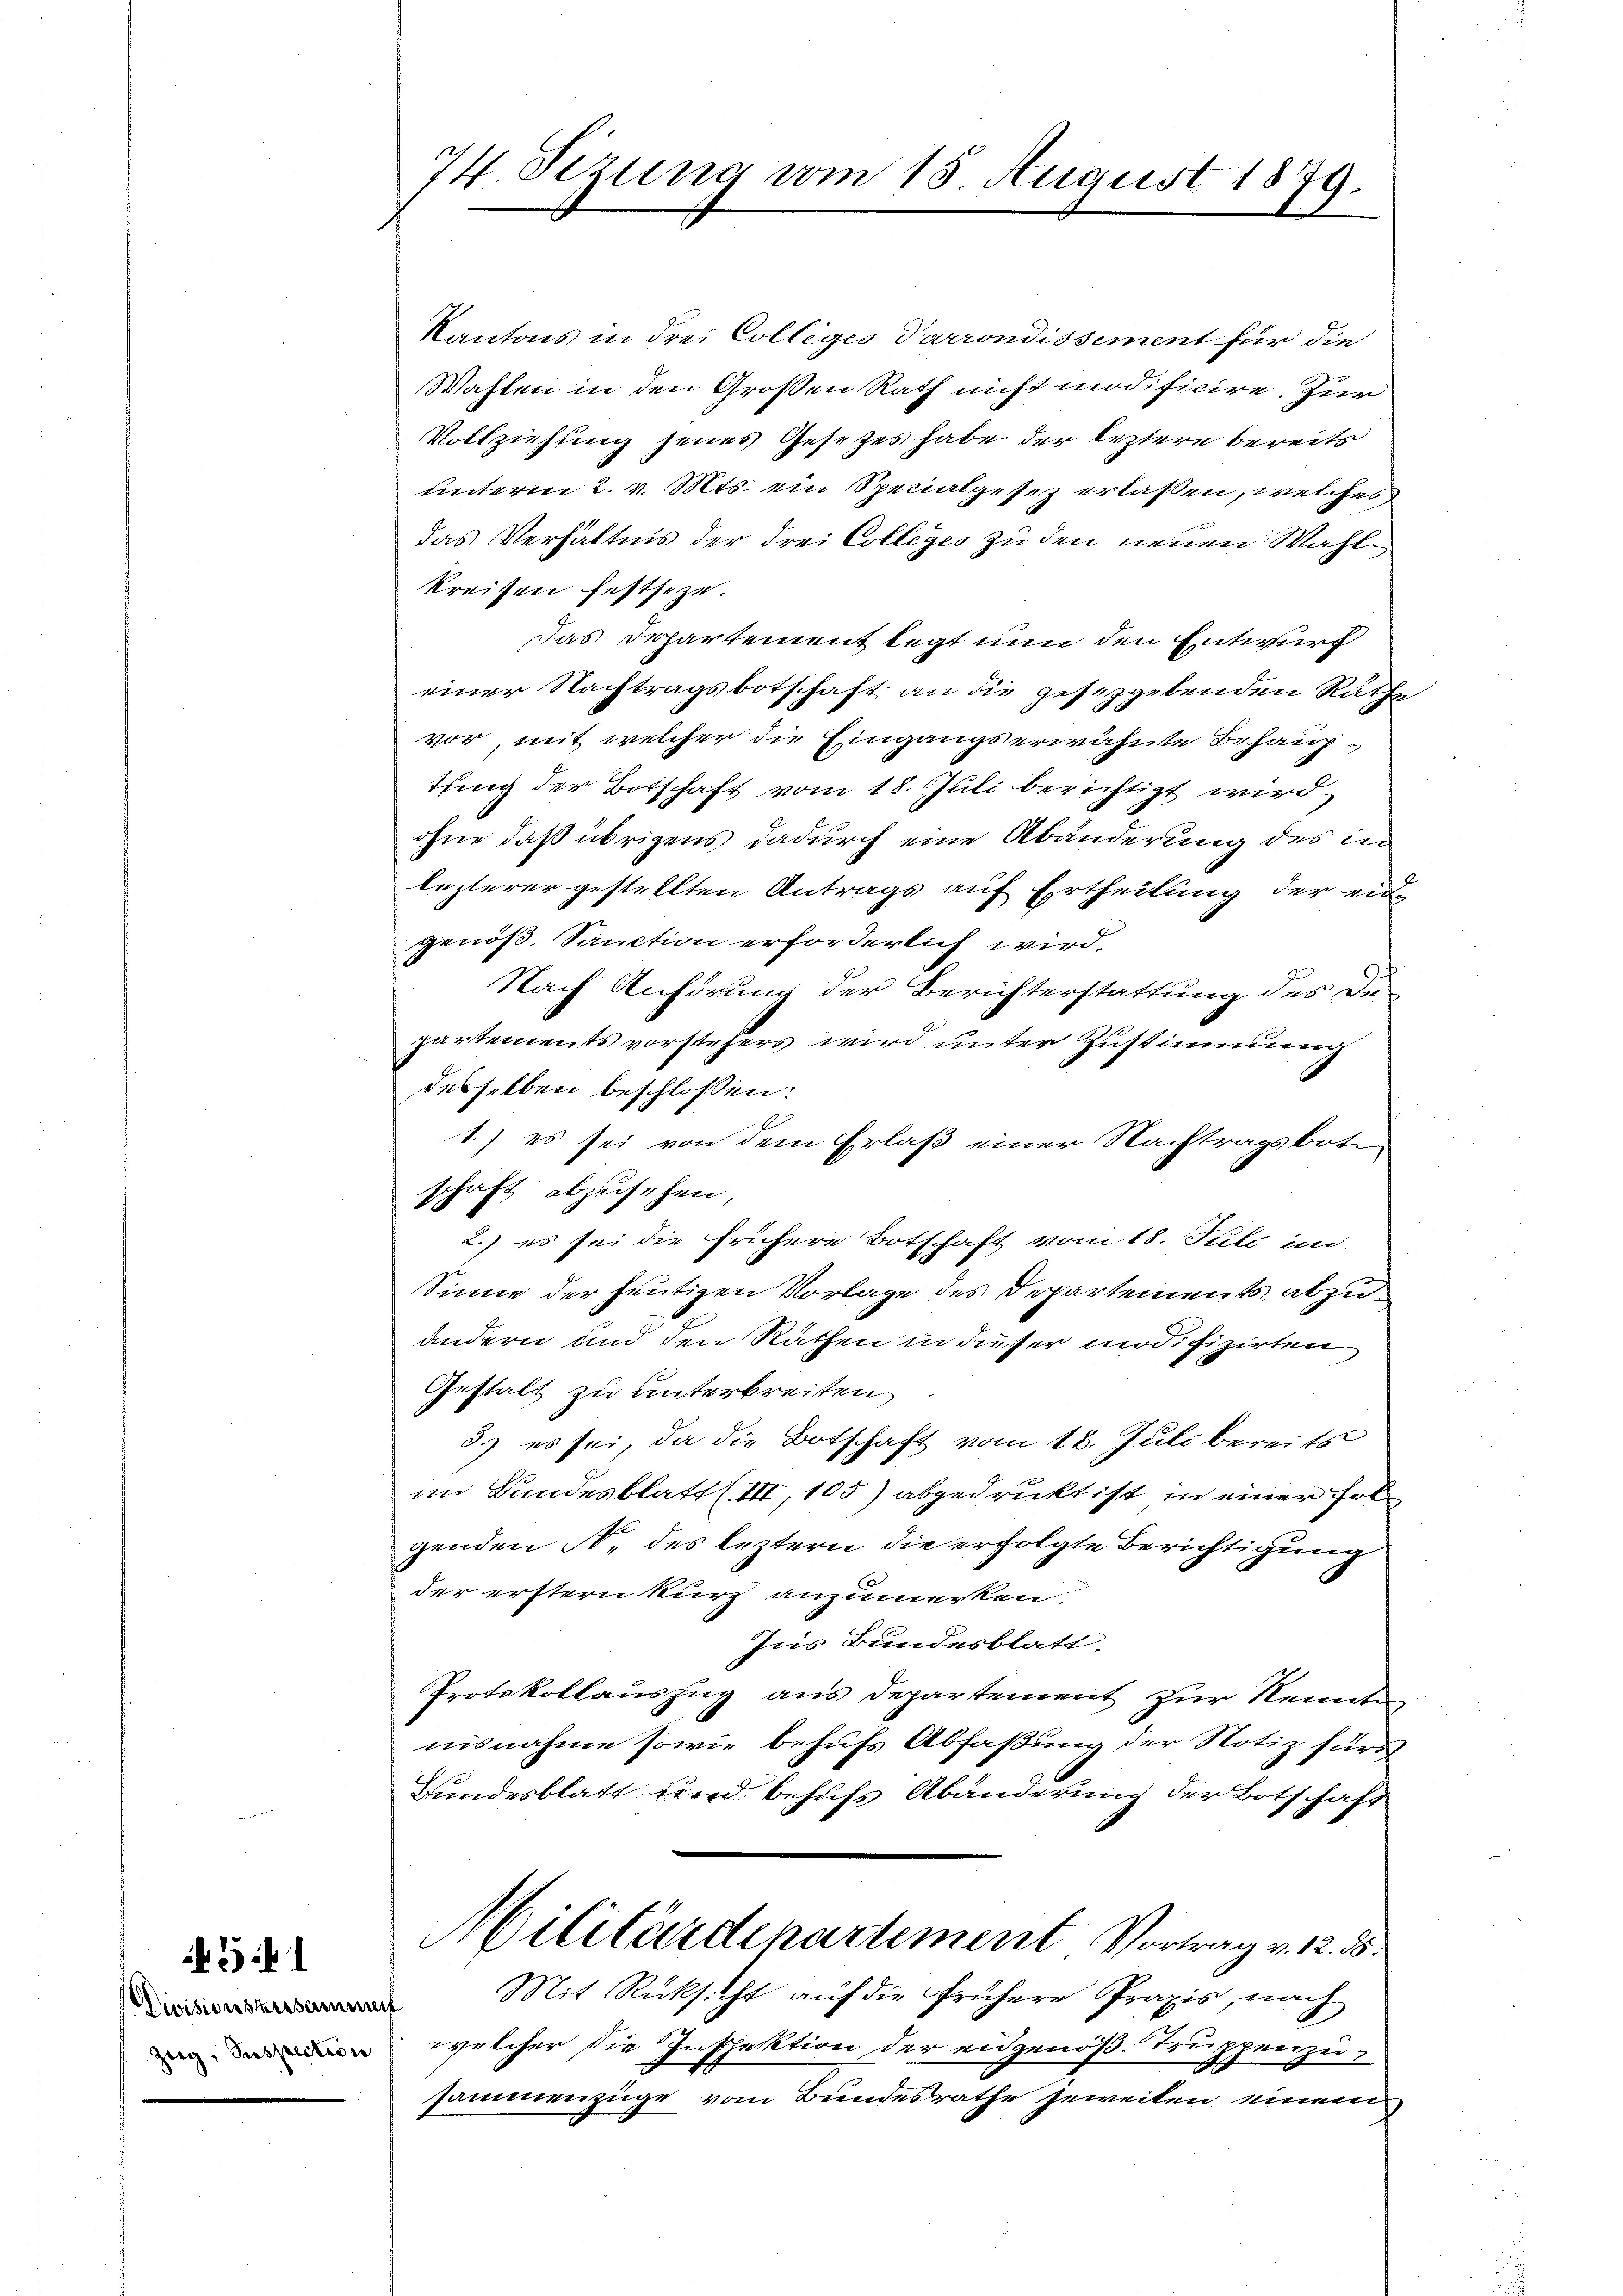
3

74. Sizung vom 15. August 1879.

Kantons in drei Collegio Parrondissement für die
Wahlen in den Großen Rath nicht modificire. Zur
Vollziehung jenes Gesetzes habe der leztere bereits
unterm 2. v. Mts. ein Specialgesez erlaßen, welches
das Verhältnis der drei Collegio zu den neuen Wahle
kreisen festseze.
Das Departement legt nun den Entwurf
einer Nachtragsbotschaft an die gesetzgebenden Rathe
vor, mit welcher die Eingangserwähnte Behaupthung der Botschaft vom 18. Juli berichtigt wird,
ohne daß übrigens dadurch eine Abänderung des in
lezterer gestellten Antrags auf Ertheilung der eidgenöß. Sanction erforderlich wird,
Nach Anhörung der Berichterstattung des De
partements vorstehers wird unter Zustimmung
desselben beschlossen:
1.) es sei von dem Erlaß einer Nachtragsboten
schaft abzusehen,
2.) es sei die frühere Botschaft vom 18. Juli im
Sinne der heutigen Vorlage des Departements abzuandern und den Rathen in dieser modifizirten
Gestalt zu unterbreiten
3.) es sei, da die Botschaft vom 18. Juli bereits
im Bandesblatt (III, 105) abgedruckt ist in einer Fol
genden N. des leztern die erfolgte Berichtigung
der erstern kurz anzumerken,
Ins Bundesblatt.
Protokollaŭszŭg aŭs departement zŭr Kennten
nisnahme sowie behufs Abfaßung der Notiz fürd
Bundesblatt find behufs Abänderung der Botschaft
Militärdepartement Vortrag v. 12. ds.
. Mit Rücksicht auf die frühere Praxis, nach
 welcher die Inspektion der eidgenöß. Truppenzu-
d
sammenzüge vom Bundesrathe jeweiten einem